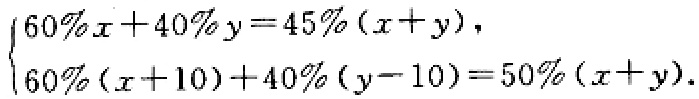
\(\begin{cases}60\%x + 40\%y = 45\%(x + y),\\60\%(x + 10)+40\%(y - 10)=50\%(x + y).\end{cases}\)